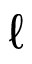
\ell